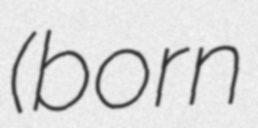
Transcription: (born